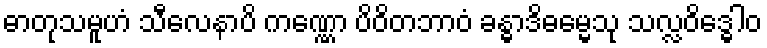
ဓာတုသမူဟံ သီလေနာပိ ကဏ္ဏော ပိဝိတဘာဝံ ခန္ဓာဒိဓမ္မေသု သလ္လဝိဒ္ဓေါဝ